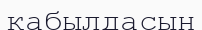
қабылдасын